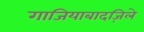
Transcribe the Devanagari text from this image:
गाजियाबादज़िले